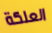
العلكة